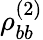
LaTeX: \rho_{bb}^{(2)}